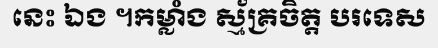
នេះ ឯង ។កម្លាំង ស្ម័គ្រចិត្ត បរទេស